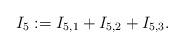
LaTeX: \begin{align*}I_5:=I_{5,1}+I_{5,2}+I_{5,3}.\end{align*}